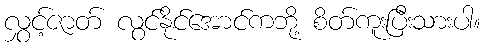
လွှင့်ဇာတ် လွင်နိုင်အောင်ကဘို့ စိတ်ကူးပြီးသားပါ။